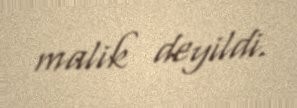
malik deyildi.